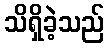
သိရှိခဲ့သည်